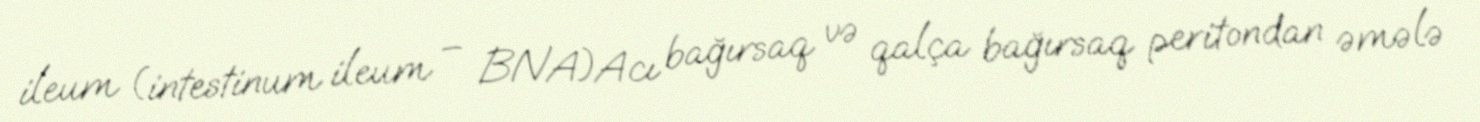
ileum (intestinum ileum – BNA)Acı bağırsaq və qalça bağırsaq peritondan əmələ